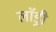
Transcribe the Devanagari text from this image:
लाॅड्री